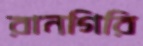
রানগিরি